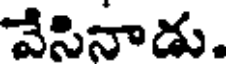
వేసినాడు.